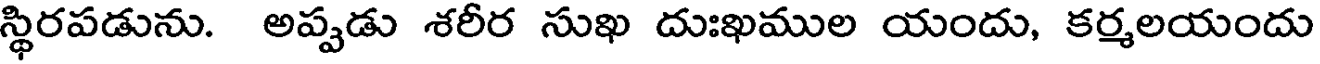
స్థిరపడును. అప్పడు శరీర సుఖ దుఃఖముల యందు, కర్మలయందు